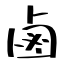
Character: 鹵